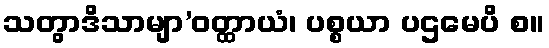
သတွာဒိသာမျာ’ဝတ္ထာယံ၊ ပစ္စယာ ပဌမေပိ စ။